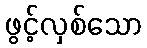
ဖွင့်လှစ်သော